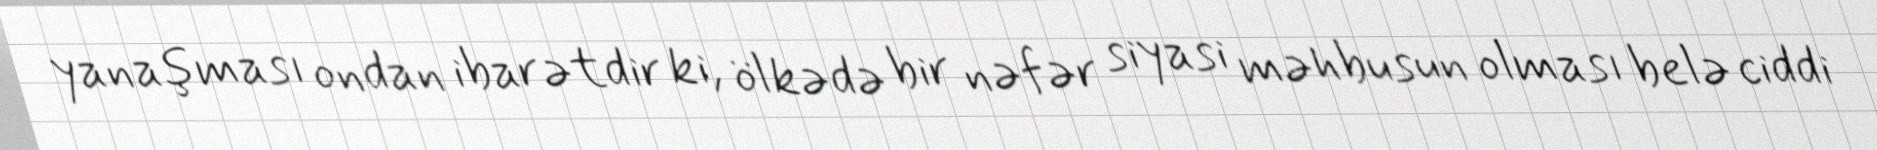
yanaşması ondan ibarətdir ki, ölkədə bir nəfər siyasi məhbusun olması belə ciddi